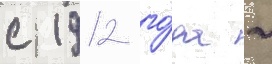
с 1912 го́да -